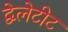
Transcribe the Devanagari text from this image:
द्वेलेटीट